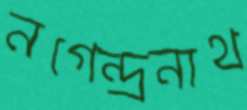
নগেন্দ্রনাথ